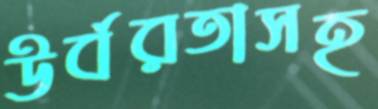
উর্বরতাসহ